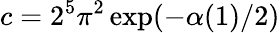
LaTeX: c=2^{5}{\pi}^{2}\exp(-\alpha(1)/2)